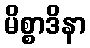
မိစ္စာဒိနာ